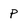
Character: P